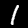
Digit: 1